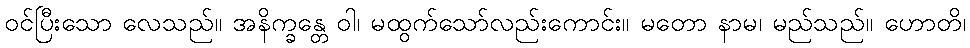
ဝင်ပြီးသော လေသည်။ အနိက္ခန္တေ ဝါ၊ မထွက်သော်လည်းကောင်း။ မတော နာမ၊ မည်သည်။ ဟောတိ၊